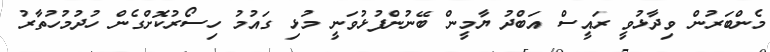
މެންބަރުން ވިދާޅުވީ ރައީސް އަބްދު ޔާމީން ބޭނުންފުޅުވަނީ މުޅި ގައުމު ހިސޯރުކޮށްގެން ހުދުމުހުތާރު